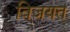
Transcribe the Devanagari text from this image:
विजयत